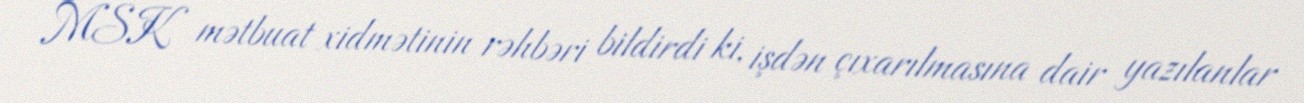
MSK mətbuat xidmətinin rəhbəri bildirdi ki, işdən çıxarılmasına dair yazılanlar